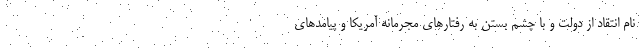
نام انتقاد از دولت و با چشم بستن به رفتارهای مجرمانه آمریکا و پیامدهای